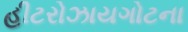
હીટરોઝાયગોટના